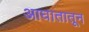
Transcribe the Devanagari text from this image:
आघातातून